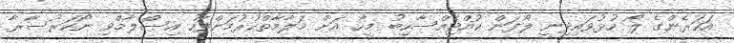
އަހަރެންގެ ލޯ ހުޅުވައިދިނީ ލޯފަން ކުއްޖެއްސާހިބު މީހާ އަށް މަލާމާތްކުރުމަށްފަހު އިސްލާމްވި ނޯކަރުސާރާ